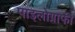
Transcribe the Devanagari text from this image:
पाइलोग्राफी